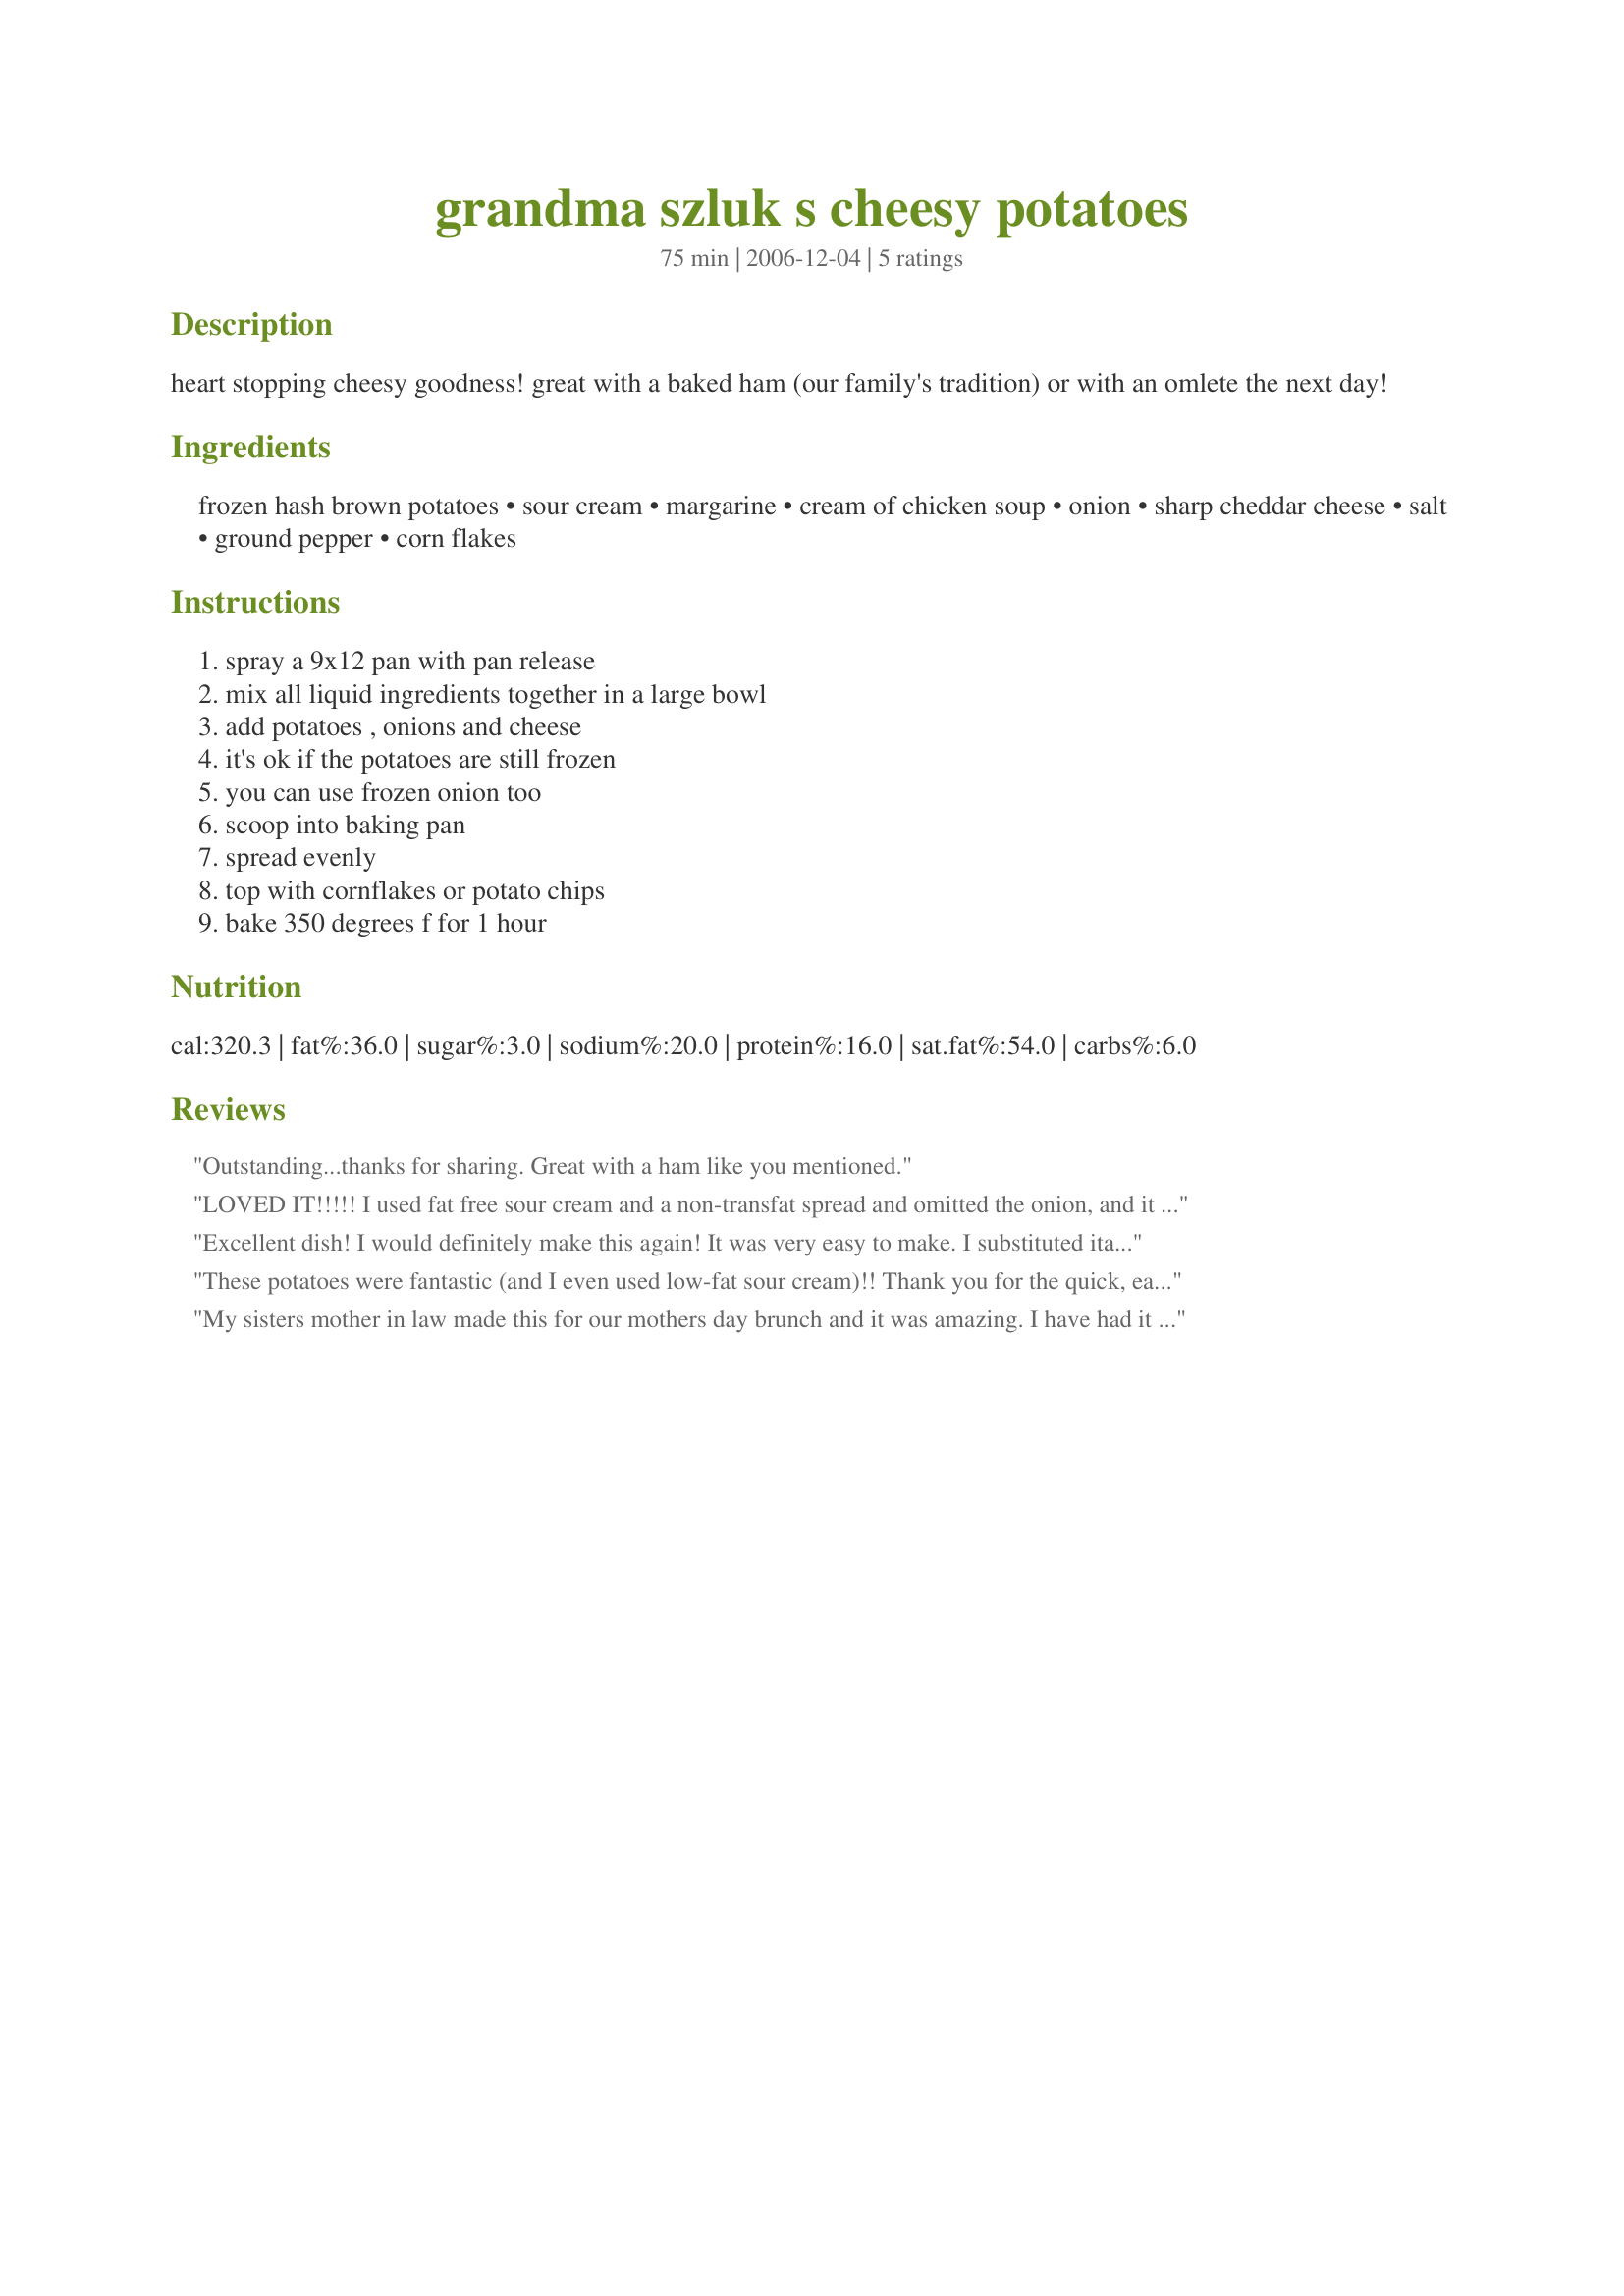
grandma szluk s cheesy potatoes
Preparation time: 75 minutes

heart stopping cheesy goodness! great with a baked ham (our family's tradition) or with an omlete the next day!

Ingredients:
frozen hash brown potatoes, sour cream, margarine, cream of chicken soup, onion, sharp cheddar cheese, salt, ground pepper, corn flakes

Steps:
spray a 9x12 pan with pan release, mix all liquid ingredients together in a large bowl, add potatoes , onions and cheese, it's ok if the potatoes are still frozen, you can use frozen onion too, scoop into baking pan, spread evenly, top with cornflakes or potato chips, bake 350 degrees f for 1 hour

Reviews:
Outstanding...thanks for sharing. Great with a ham like you mentioned.
LOVED IT!!!!! I used fat free sour cream and a non-transfat spread and omitted the onion, and it was sooooooo gooooooood!!!!!! Definitely a keeper!
Excellent dish! I would definitely make this again! It was very easy to make. I substituted italian bread crumbs for the corn flakes. Everyone loved it & wanted the recipe from me.
These potatoes were fantastic (and I even used low-fat sour cream)!! Thank you for the quick, easy recipe.
My sisters mother in law made this for our mothers day brunch and it was amazing. I have had it before but this one is by far better!!
